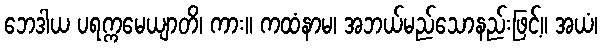
ဘေဒါယ ပရက္ကမေယျာတိ၊ ကား။ ကထံနာမ၊ အဘယ်မည်သောနည်းဖြင့်။ အယံ၊